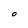
Character: O